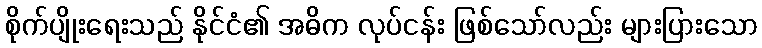
စိုက်ပျိုးရေးသည် နိုင်ငံ၏ အဓိက လုပ်ငန်း ဖြစ်သော်လည်း များပြားသော